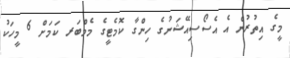
މީގެ އިތުރުން އެ އެސޯސިއޭޝަނުގެ ހިންގާ ކޮމެޓީގެ މެމްބަރ ކަމަށް 6 މީހަކު